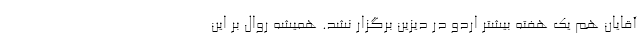
آقایان هم یک هفته بیشتر اردو در دیزین برگزار نشد. همیشه روال بر این